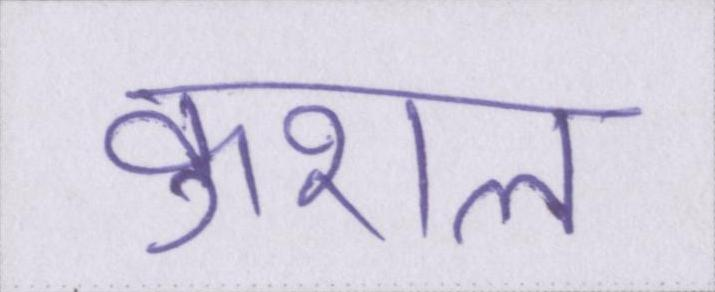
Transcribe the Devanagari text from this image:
कुशल